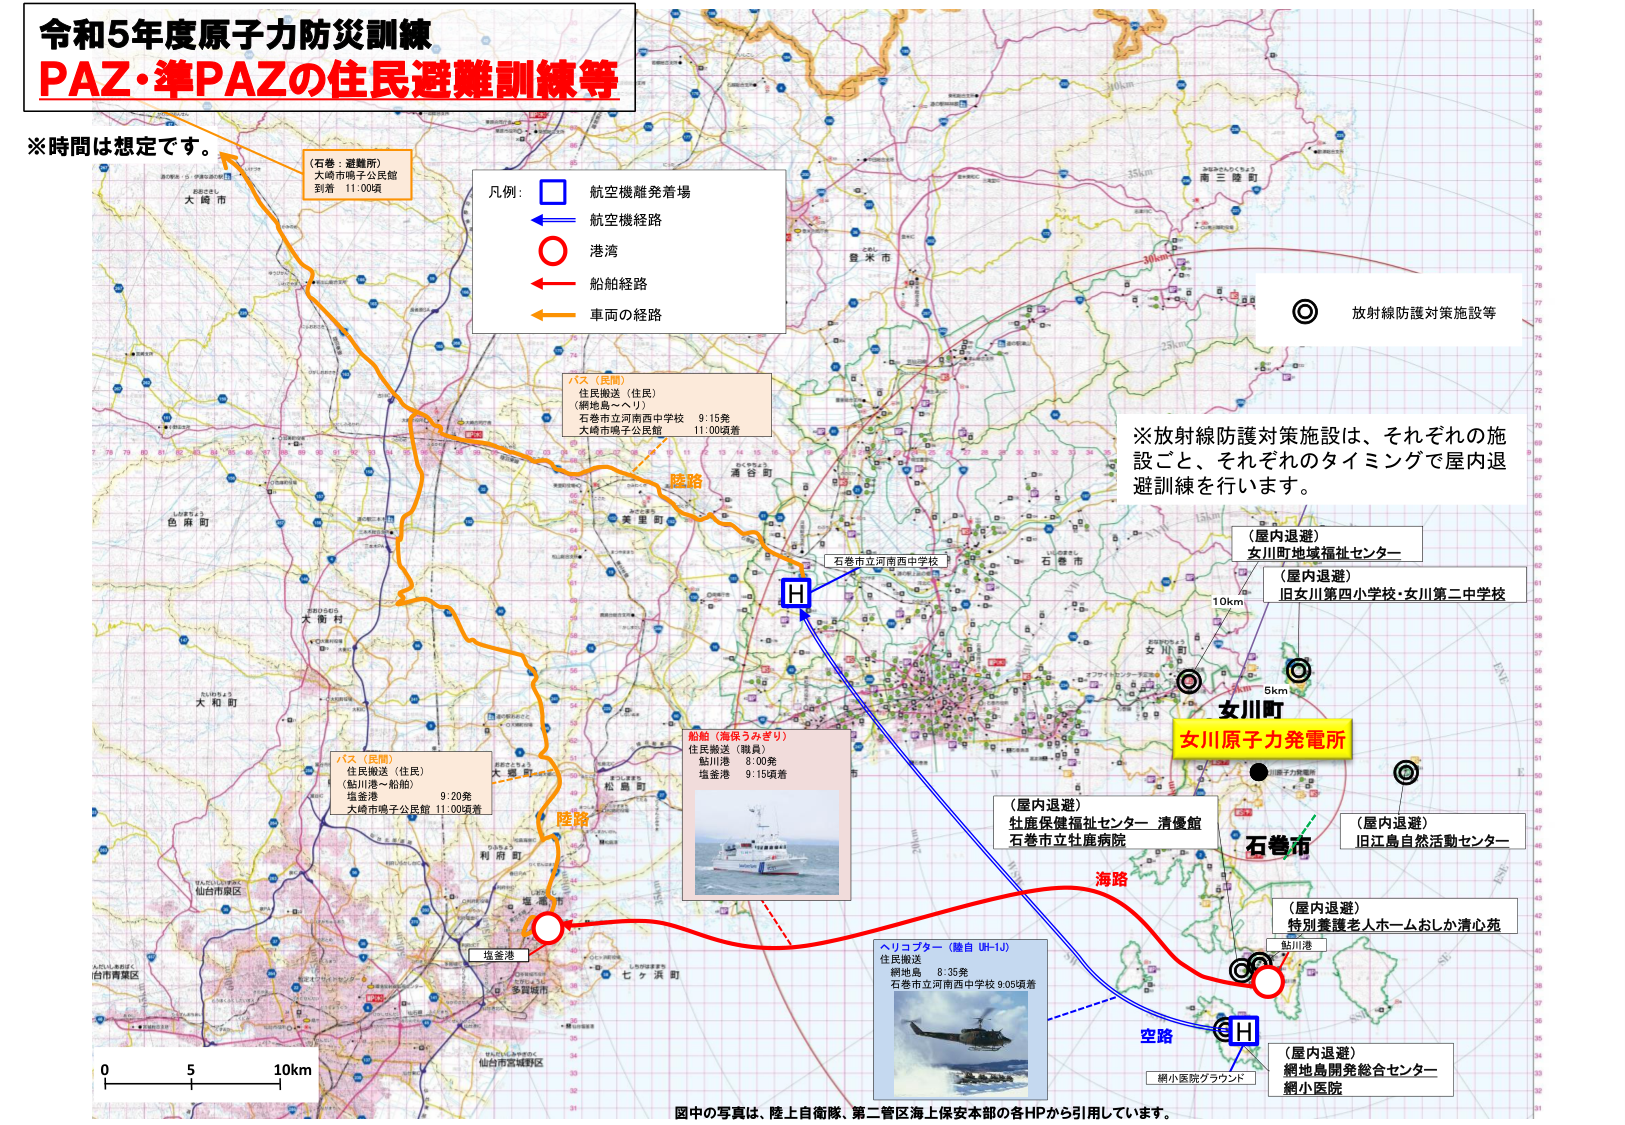
令和5年度原子力防災訓練
PAZ・準PAZの住民避難訓練等

※時間は想定です。

（石巻：避難所）
大崎市鳴子公民館
到着 11:00頃

凡例：
□ 航空機離発着場
―― 航空機経路
○ 港湾
← 船舶経路
← 車両の経路

バス（民間）
住民搬送（住民）
（網地島～へり）
石巻市立河南西中学校 9:15発
大崎市鳴子公民館 11:00頃着

陸路

バス（民間）
住民搬送（住民）
（鮎川港～船舶）
塩釜港 9:20発
大崎市鳴子公民館 11:00頃着

陸路

船舶（海保うみぎり）
住民搬送（職員）
鮎川港 8:00発
塩釜港 9:15頃着

ヘリコプター（陸自 UH-1J）
住民搬送
網地島 8:35発
石巻市立河南西中学校 9:05頃着

※放射線防護対策施設は、それぞれの施設ごと、それぞれのタイミングで屋内退避訓練を行います。

（屋内退避）
女川町地域福祉センター

（屋内退避）
旧女川第四小学校・女川第二中学校

10km
5km

女川町
女川原子力発電所

（屋内退避）
牡鹿保健福祉センター 清優館
石巻市立牡鹿病院

（屋内退避）
旧江島自然活動センター

（屋内退避）
特別養護老人ホームおしか清心苑

（屋内退避）
網地島開発総合センター
網小医院

海路
空路

石巻市

鮎川港

網小医院グランド

H
H

放射線防護対策施設等

0 5 10km

図中の写真は、陸上自衛隊、第二管区海上保安本部の各HPから引用しています。